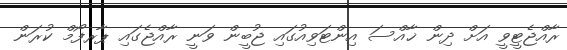
ރާއްޖެޓީވީ އަށް ދިން ޚާއްސަ އިންޓަވިއުގައި ޖުބީން ވަނީ ރާއްޖެގައި ޕާރފޯމް ކުރަން